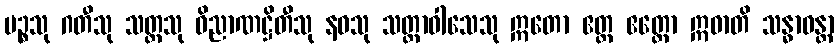
ပဉ္စသု ဂတီသု သတ္တသု ဝိညာဏဋ္ဌိတီသု နဝသု သတ္တာဝါသေသု ဣတော ဧတ္ထ ဧတ္တော ဣဓာတိ သန္ဓာဝန္တာ